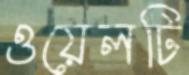
ওয়েলটি